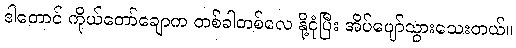
ဒါတောင် ကိုယ်တော်ချောက တစ်ခါတစ်လေ နို့ငုံပြီး အိပ်ပျော်သွားသေးတယ်။